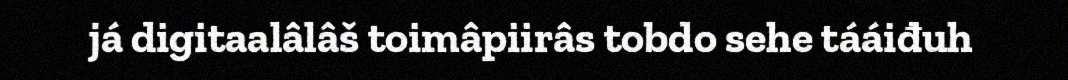
já digitaalâlâš toimâpiirâs tobdo sehe tááiđuh